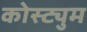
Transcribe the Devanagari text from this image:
कोस्ट्युम